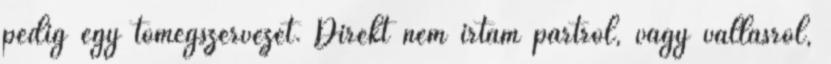
pedig egy tömegszervezet. Direkt nem írtam pártról, vagy vallásról,